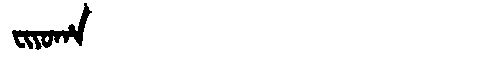
Manchu: ᠸᡳᠶᠣᡥᠠ
Romanization: FIYOHA